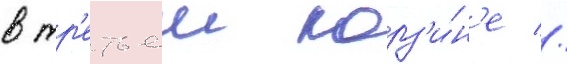
в тр'етьеи корз'и́н'е //